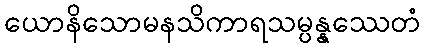
ယောနိသောမနသိကာရသမ္ပန္နဿေတံ